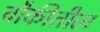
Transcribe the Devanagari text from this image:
चौकीतील